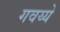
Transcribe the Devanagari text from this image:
गवय्ये